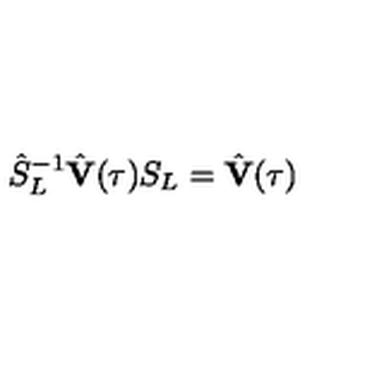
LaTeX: \hat { S } _ { L } ^ { - 1 } \hat { \bf V } ( \tau ) S _ { L } = \hat { \bf V } ( \tau )